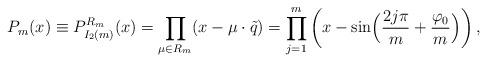
LaTeX: \begin{align*}P_m(x)\equiv P_{I_2(m)}^{R_m}(x)= \prod_{\mu\in{R_m}}(x-\mu\cdot\tilde{q}) =\prod_{j=1}^m \left(x-\sin\Bigl({2j\pi\over m}+{\varphi_0\over{m}}\Bigr)\right), \end{align*}